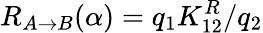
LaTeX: R_{A\rightarrow B}(\alpha)=q_{1}K_{12}^{R}/q_{2}